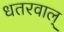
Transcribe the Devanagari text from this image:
धतरवाल्